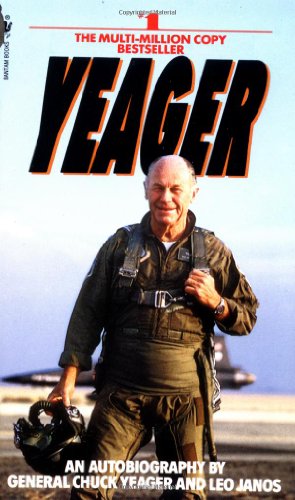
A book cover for Yeager: An Autobiography; Chuck Yeager; Engineering & Transportation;